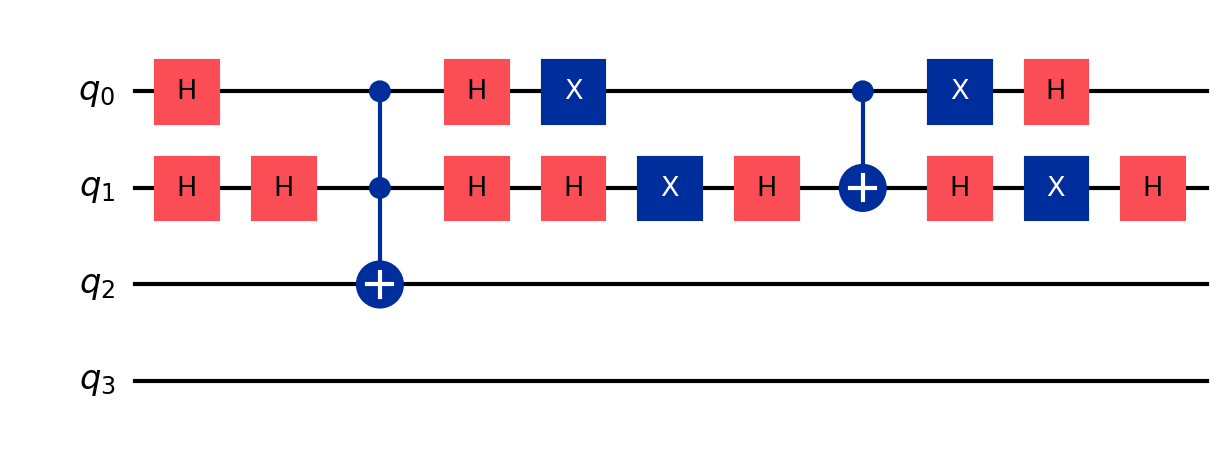
Description: Grover's search (4-qubit) with ancilla
描述: Grover搜索（4量子比特）含辅助比特
Category: classical_algorithms (difficulty: advanced)
Qubits: 3, circuit depth: 11

Braket implementation:
from braket.circuits import Circuit
circuit = Circuit()
circuit.h(0).h(1)
circuit.h(1).ccnot(0, 1, 2).h(1)
circuit.h(0).h(1).x(0).x(1)
circuit.h(1).cnot(0, 1).h(1)
circuit.x(0).x(1).h(0).h(1)

Qiskit implementation:
from qiskit import QuantumCircuit
circuit = QuantumCircuit(3)
circuit.h(0).h(1)
circuit.h(1).ccx(0, 1, 2).h(1)
circuit.h(0).h(1).x(0).x(1)
circuit.h(1).cx(0, 1).h(1)
circuit.x(0).x(1).h(0).h(1)